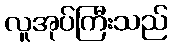
လူအုပ်ကြီးသည်